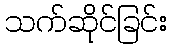
သက်ဆိုင်ခြင်း